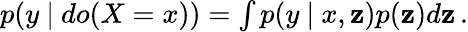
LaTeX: \begin{array}{r}{p(y~\vert~do(X=x))=\int p(y~\vert~x,\mathbf{z})p(\mathbf{z})d\mathbf{z}\, .}\end{array}